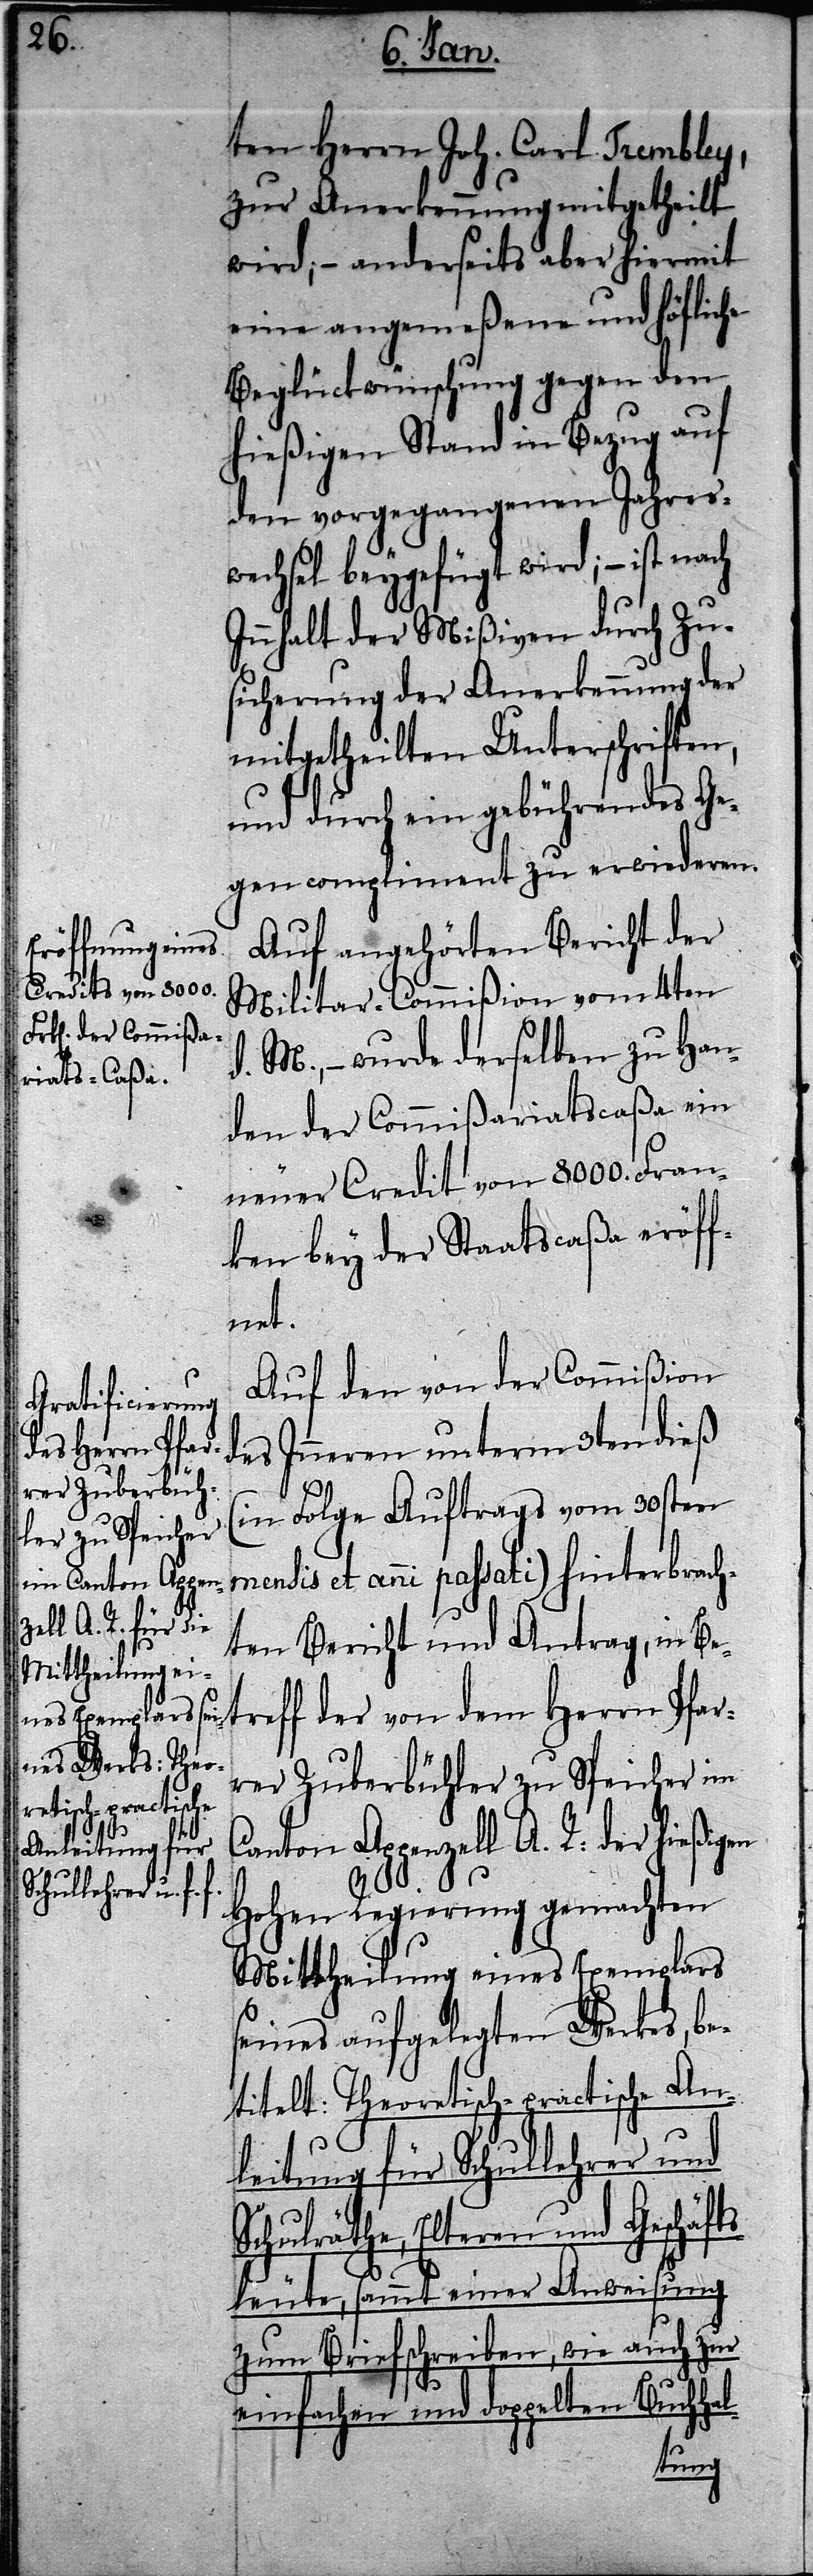
ten Herrn Joh. Carl Trembley,
zur Anerkennung mitgetheilt
wird; – anderseits aber hiermit
eine angemeßene und höfliche
Beglückwünschung gegen den
hießigen Stand in Bezug auf
den vorgegangenen Jahres¬
wechsel beygefügt wird; – ist nach
Innhalt der Mißiven durch Zu¬
sicherung der Anerkennung der
mitgetheilten Unterschriften,
und durch ein gebührendes Ge¬
gencompliment zu erwiederen.
Auf angehörten Bericht der
Militar-Commißion vom 4ten
d. M., – wurde derselben zu Han¬
den der Commißariatscaßa ein
neuer Credit von 8000. Fran¬
ken bey der Staatscaßa eröff¬
net.
Auf den von der Commißion
des Innern unterm 3ten dieß
(in Folge Auftrags vom 30sten
mensis et anni passati) hinterbrach¬
ten Bericht und Antrag, in Bet¬
reff der von dem Herrn Pfar¬
rer Zuberbühler zu Speicher im
Canton Appenzell A. R: der hießigen
Hohen Regierung gemachten
Mittheilung eines Exemplars
seines aufgelegten Werkes, be¬
titelt: Theoretisch-practische An¬
leitung für Schullehrer und
Schulräthe, Elteren und Geschäft¬
sleute, sammt einer Anweisung
zum Briefschreiben, wie auch zur
einfachen und doppelten Buchhal-